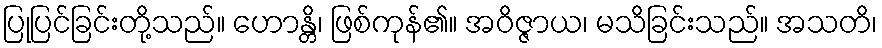
ပြုပြင်ခြင်းတို့သည်။ ဟောန္တိ၊ ဖြစ်ကုန်၏။ အဝိဇ္ဇာယ၊ မသိခြင်းသည်။ အသတိ၊